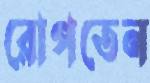
রোপতেন